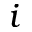
i